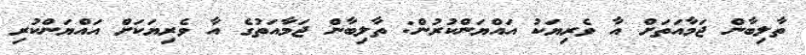
ތާލިބާން ޖަމާއަތަށް އާ ވެރިޔަކު އައްޔަންކުރުން: ތާލިބާން ޖަމާއަތުގެ އާ ވެރިޔަކަށް އައްޔަންކުރި